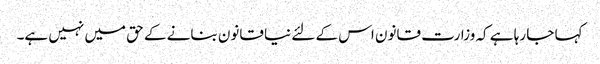
کہا جا رہا ہے کہ وزارت قانون اس کے لئے نیا قانون بنانے کے حق میں نہیں ہے۔